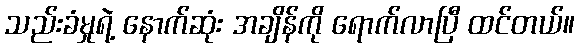
သည်းခံမှုရဲ့ နောက်ဆုံး အချိန်ကို ရောက်လာပြီ ထင်တယ်။